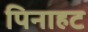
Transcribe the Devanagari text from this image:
पिनाहट